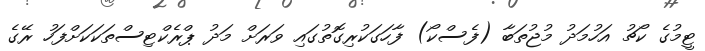
ޓީމުގެ ކޯޗު އަހުމަދު މުޖުތަބާ (ފެސްކޯ) ފާހަގަކުރިގޮތުގައި ވަރަށް މަދު ޕްރެކްޓިސްތަކަކަށްފަހު ރޭގެ